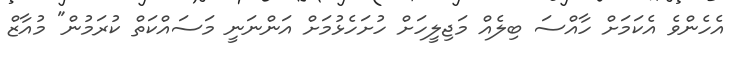
އެހެންވެ އެކަމަށް ހާއްސަ ބިލެއް މަޖިލީހަށް ހުށަހެޅުމަށް އަންނަނީ މަސައްކަތް ކުރަމުން" މުއާޒް